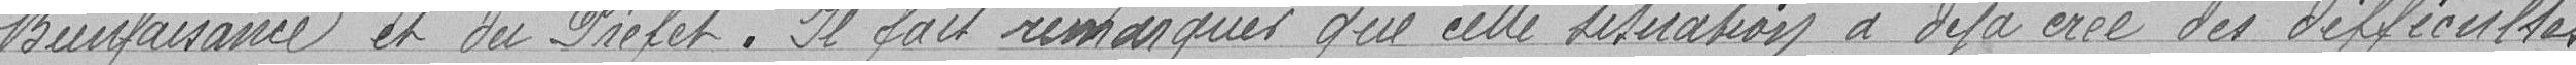
Bienfaisance et du Préfet. Il fait remarquer que cette situation a déjà créé des difficultés